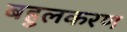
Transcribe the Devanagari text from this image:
बहुलकरण